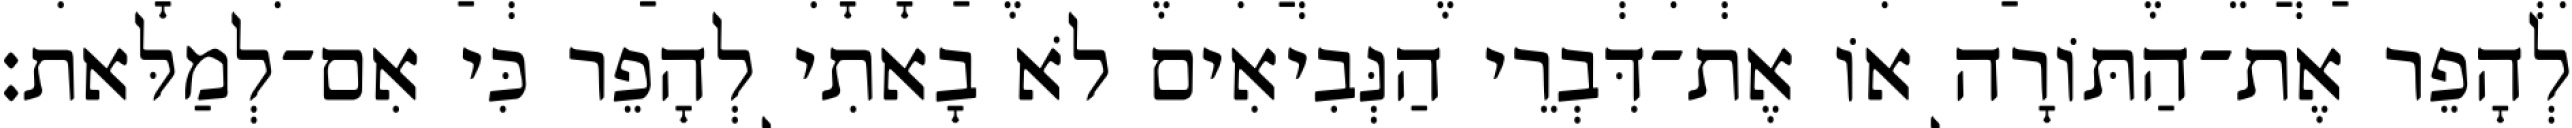
לְהָפֵר אֶת־הַתּוֹרָה אוֹ אֶת־דִּבְרֵי הַנְּבִיאִים לֹא בָאתִי לְהָפֵר כִּי אִם־לְמַלּאת׃